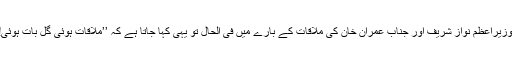
وزیرِاعظم نواز شریف اور جناب عمران خان کی ملاقات کے بارے میں فی الحال تو یہی کہا جاتا ہے کہ ’’مُلاقات ہوئی گل بات ہوئی!